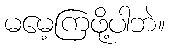
မမေ့ကြဖို့ပါဘဲ။